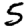
Digit: 5